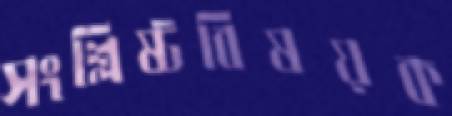
সংশ্লিষ্টবিষয়ক